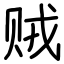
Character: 贼